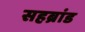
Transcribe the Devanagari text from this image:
सहब्रांड